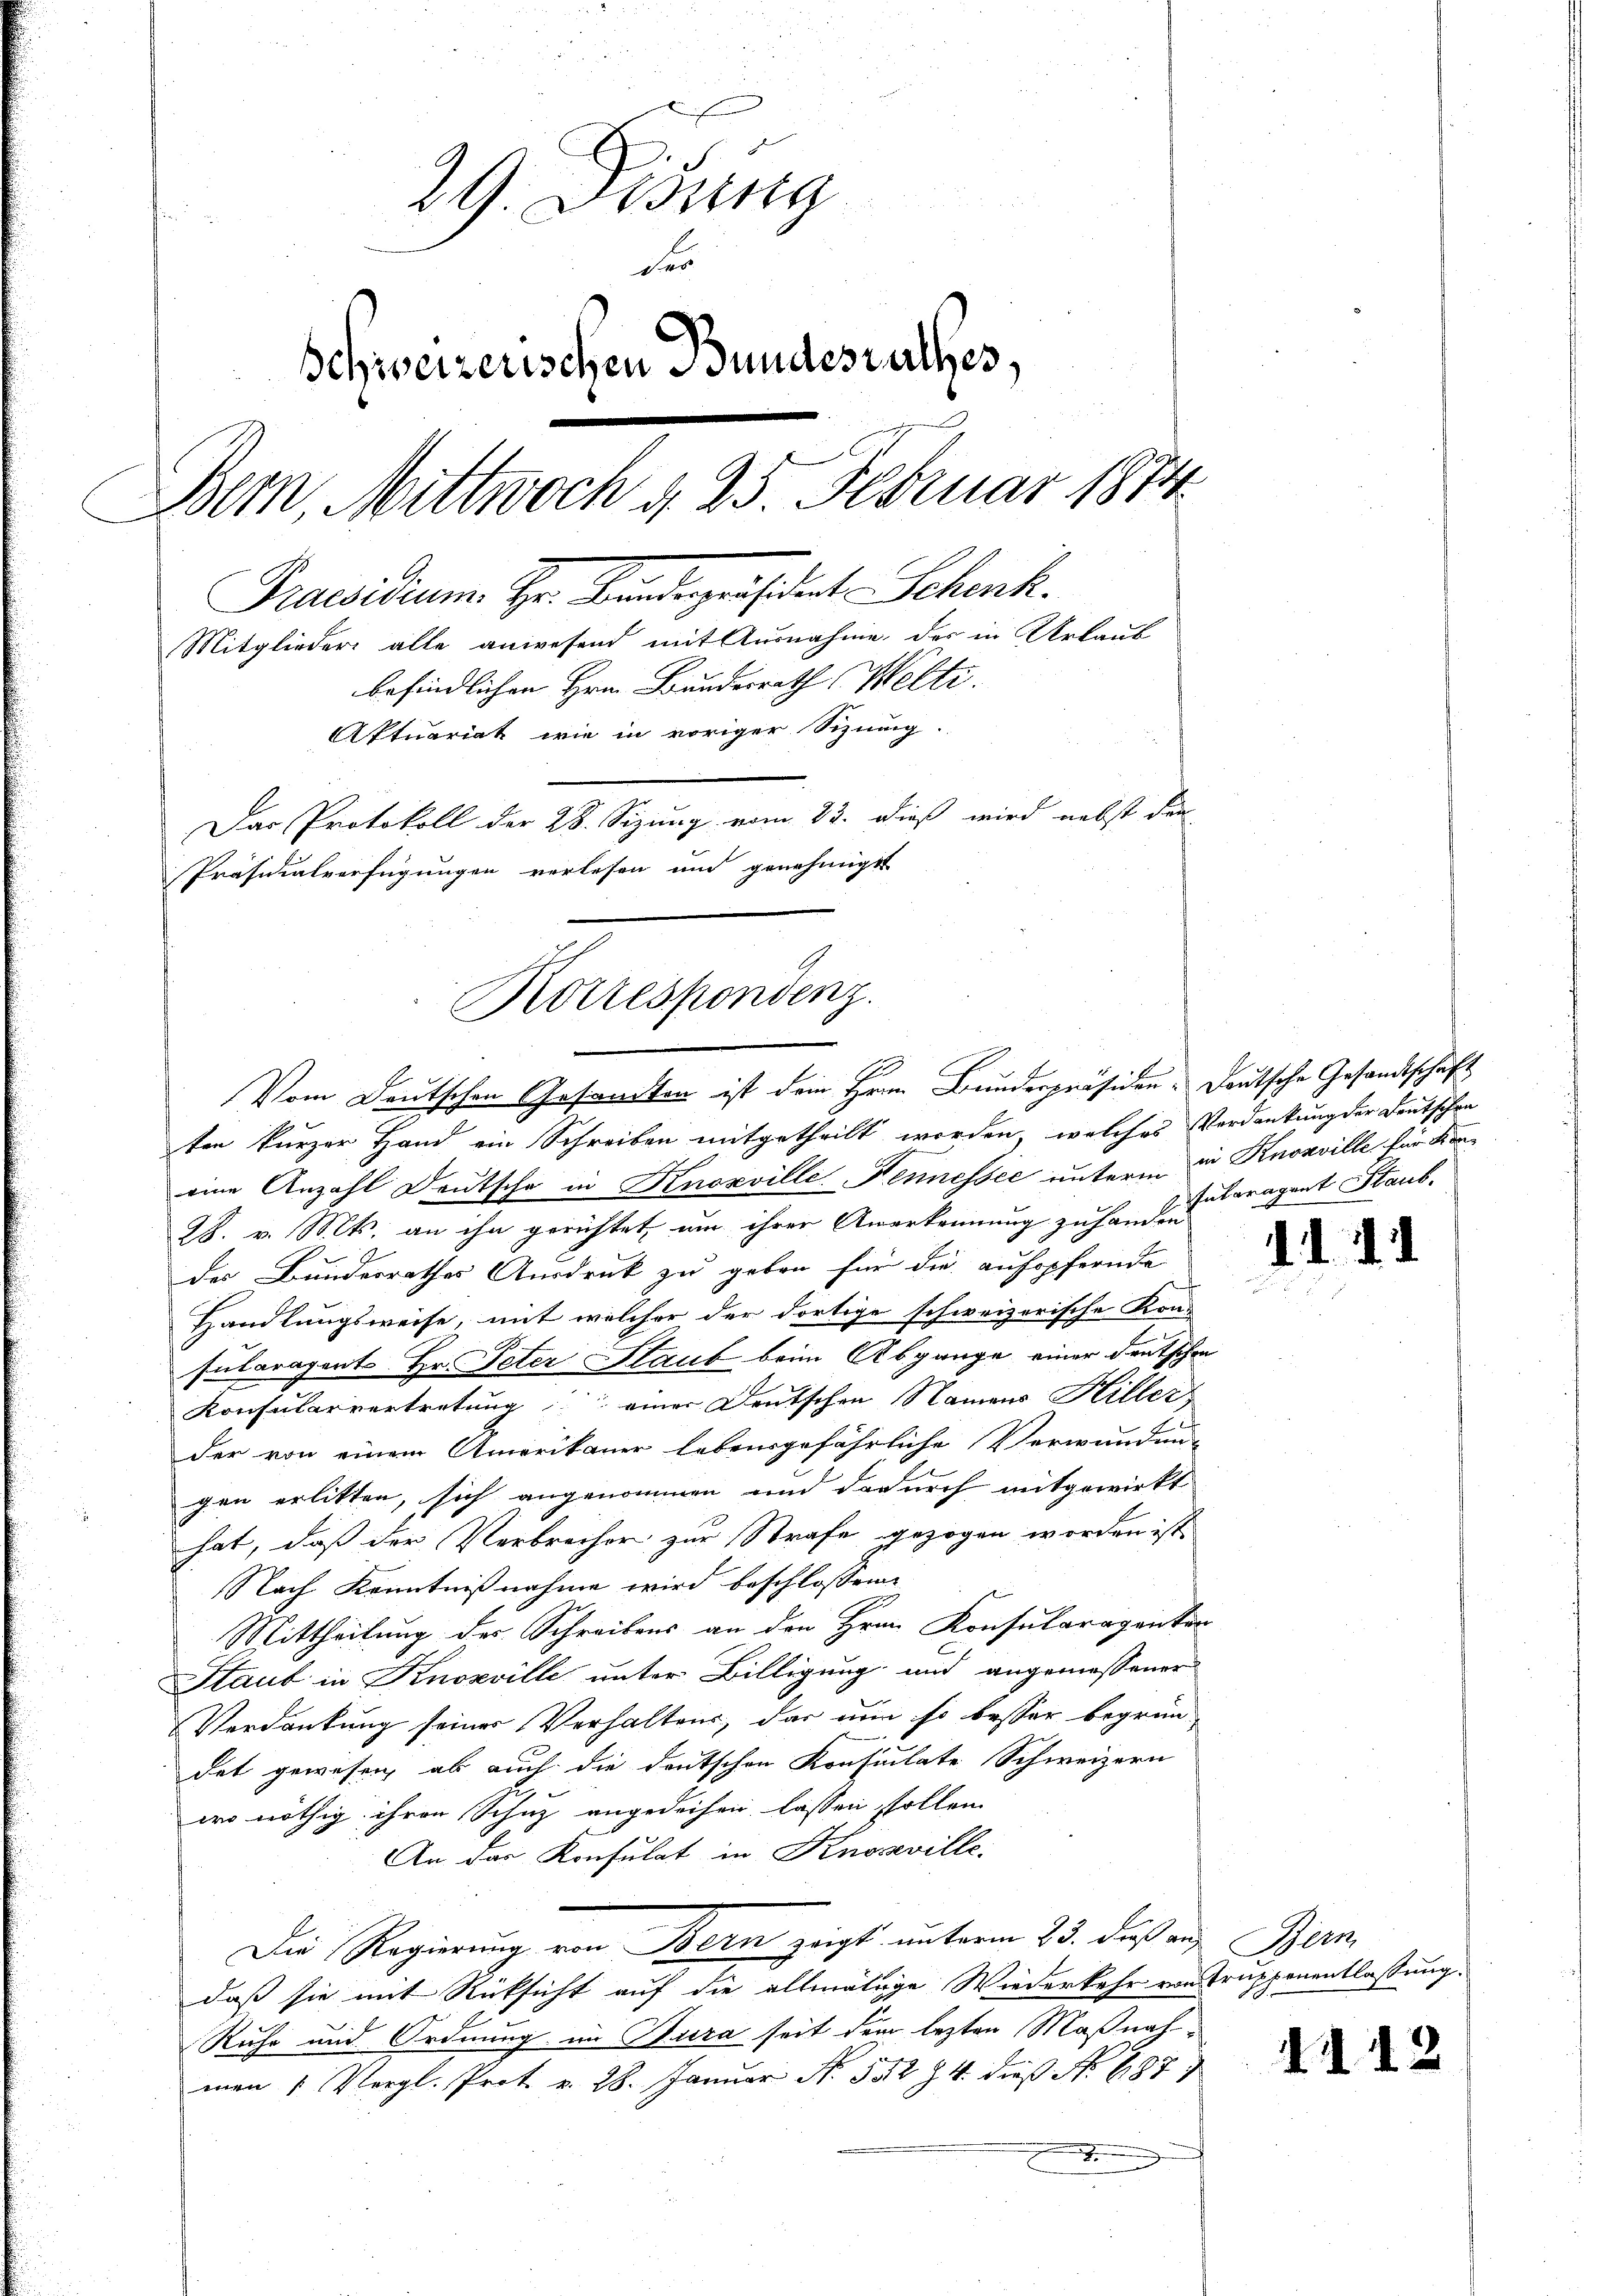
29. Didung
der
Schweizerischen Bundesrathes,
Bern, Mittwoch d. 25. Februar 1874
Praesidium. Hr. Bandespräsident Schenk.
Mitglieder alle anwesend mit Ausnahme, der in Urlaub
befindlichen Hrn. Bundesrath Welti.
Aktuariat wie in voriger Sizung.
Das Protokoll der 28. Sizung vom 23. dieß wird nebst den
Präsidialverfügungen verlesen und genehmigt

Korrespondenz.
Vom Deutschen Gesandten ist dein Herrn Bunderpräsiden Deutsche Gesandtschaft

ten kurzer Hand ein Schreiben mitgetheilt worden, welches Verdankung der Deutschen
eine Anzahl Deutsche in Knoxville Fennessee unterm in Knosville für Kor¬
28. v. Mts. an ihn gerichtet, um ihrer Anerkennung zu handen
des Bundesrathes Ausdruck zu geben für die aufopfernde
Handlungsweise, mit welcher der dortige schweizerische Kon-
.
sularagents-Hr. Peter Staub beim Abgange einer deutschen
Konsularvertretung einer Deutschen Namens Hiller,
der von einem Amerikaner lebensgefährliche Verwunden-
gen erlitten, sich angenommen und dadurch mitgewirkt
hat, daß der Verbrecher zur Strafe gezogen worden ist
Nach Kenntnißnahme wird beschlossene
Mittheilung des Schreibens an den Hrn. Konsularagenter
Staub in Knozville unter Billigung und angemessener
Verdankung seiner Verhaltens, das nun so besser begrün
det gewesen ab auch die deutschen Konsulate Schweizern
wo nöthig ihren Schuz angedeihen lassen stollen
An das Konsulat in Knosville.
Die Regierung von Bern zeigt unterm 23. daß au
daß sie mit Rücksicht auf die allmälige Wiederkehr von Trupponentlassung.
Ruhe und Ordnung im Jura seit dem lezten Maßnahman 1 Vergl. Prot. v. 28. Januar N. 552 Z. 4. dieß No 687)
.

utragent Staub,

.

Bern

.

.

2